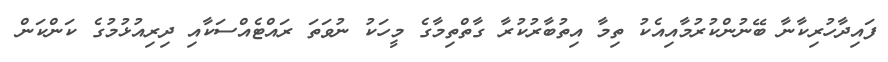
ފައިދާހުރިކާނާ ބޭނުންކުރުމާއިއެކު ތިމާ އިތުބާރުކުރާ ގާތްތިމާގެ މީހަކު ނުވަތަ ރައްޓެއްސަކާއި ދިރިއުޅުމުގެ ކަންކަން